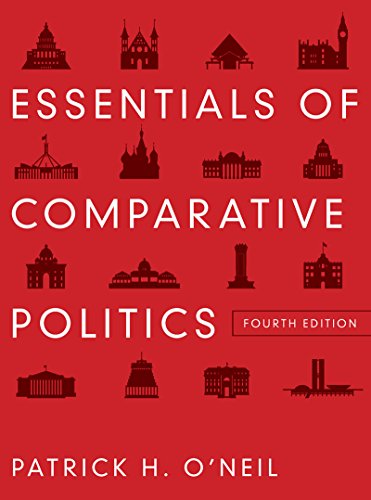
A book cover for Essentials of Comparative Politics (Fourth Edition); Patrick H. O'Neil; Law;